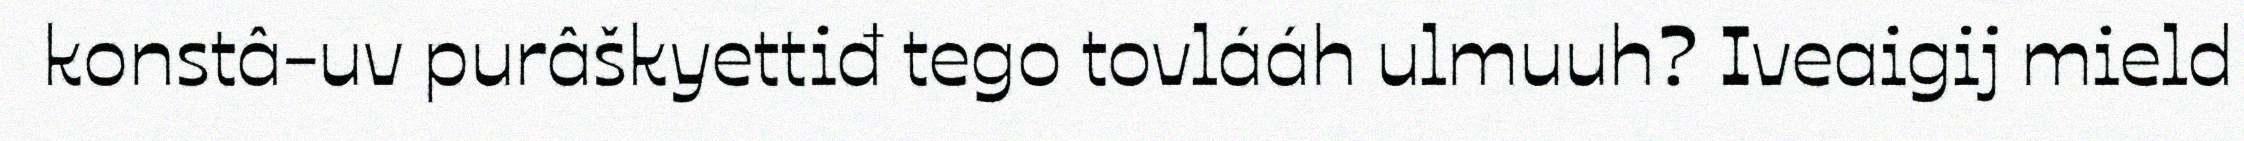
konstâ-uv purâškyettiđ tego tovlááh ulmuuh? Iveaigij mield